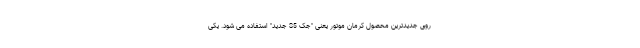
روی جدیدترین محصول کرمان موتور یعنی "جک S5 جدید" استفاده می شود. یکی